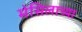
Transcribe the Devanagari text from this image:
मेसिलाच्या